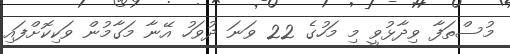
މުސްތަފާ ވިދާޅުވީ މި މަހުގެ 22 ވަނަ ދުވަހު އޭނާ މަގާމުން ވަކިކޮށްފައި